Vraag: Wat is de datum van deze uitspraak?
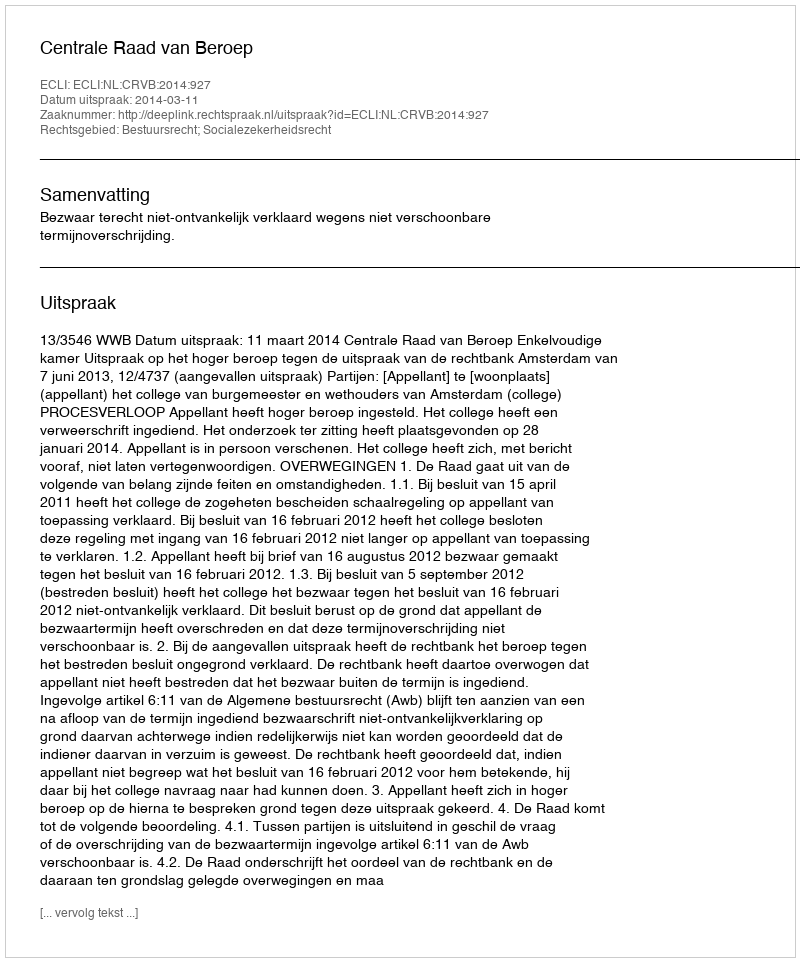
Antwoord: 2014-03-11